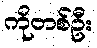
ကိုတစ်ဦး